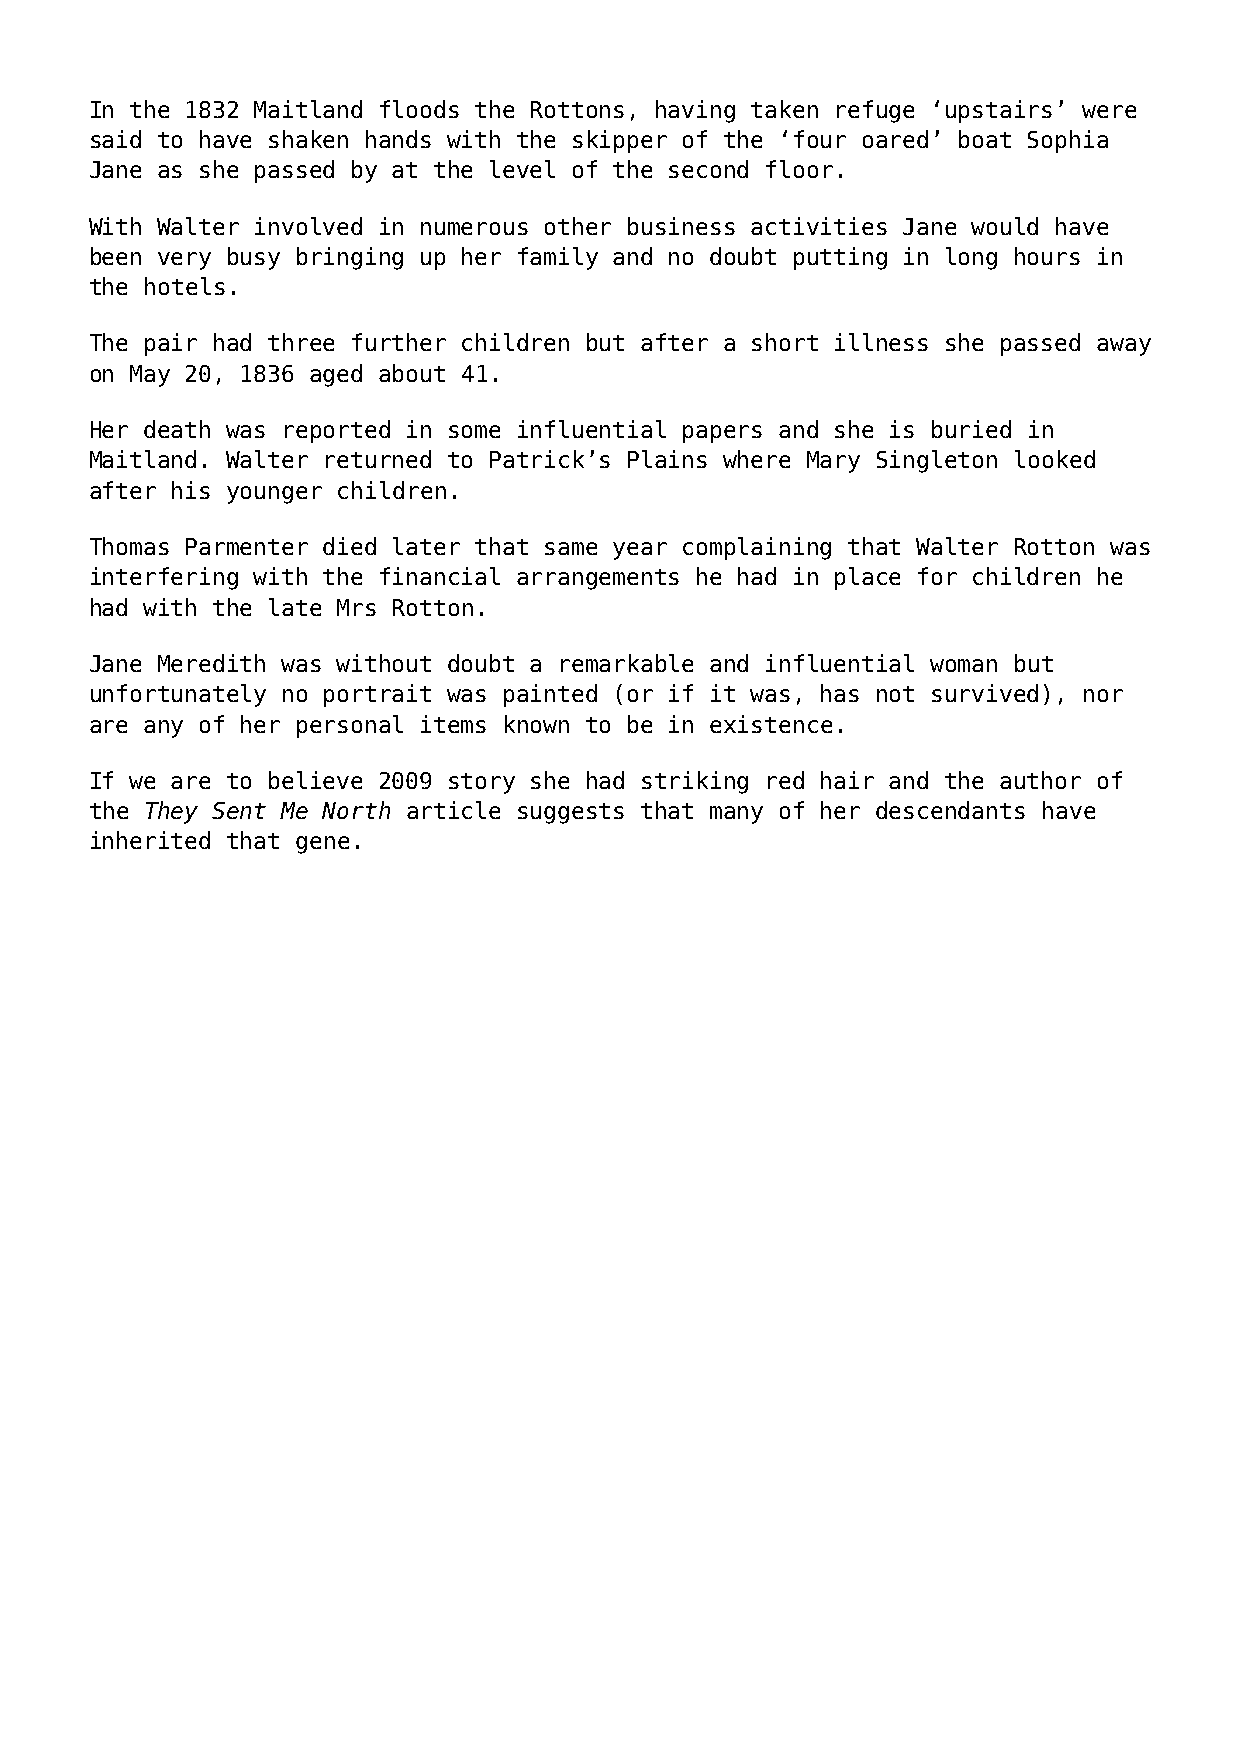
In the 1832 Maitland floods the Rottons, having taken refuge ‘upstairs’ were
 said to have shaken hands with the skipper of the ‘four oared’ boat Sophia
 Jane as she passed by at the level of the second floor.
 With Walter involved in numerous other business activities Jane would have
 been very busy bringing up her family and no doubt putting in long hours in
 the hotels.
 The pair had three further children but after a short illness she passed away
 on May 20, 1836 aged about 41.
 Her death was reported in some influential papers and she is buried in
 Maitland. Walter returned to Patrick’s Plains where Mary Singleton looked
 after his younger children.
 Thomas Parmenter died later that same year complaining that Walter Rotton was
 interfering with the financial arrangements he had in place for children he
 had with the late Mrs Rotton.
 Jane Meredith was without doubt a remarkable and influential woman but
 unfortunately no portrait was painted (or if it was, has not survived), nor
 are any of her personal items known to be in existence.
 If we are to believe 2009 story she had striking red hair and the author of
 the They Sent Me North article suggests that many of her descendants have
 inherited that gene.